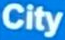
City